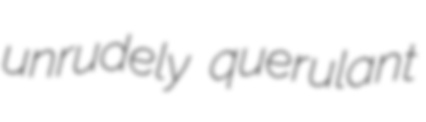
unrudely querulant